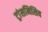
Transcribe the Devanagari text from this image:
ट्रांसमिसिव